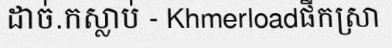
ដាច់.កស្លាប់ - Khmerloadផឹកស្រា